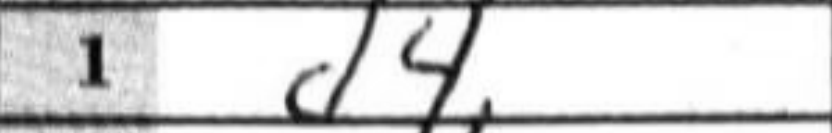
Transcription: d4